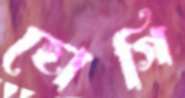
হোগি